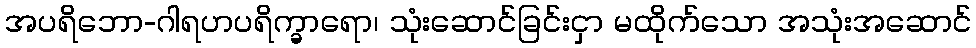
အပရိဘော-ဂါရဟပရိက္ခာရော၊ သုံးဆောင်ခြင်းငှာ မထိုက်သော အသုံးအဆောင်